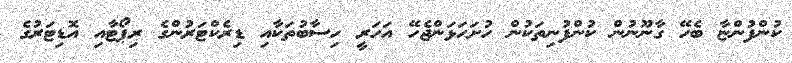
ކުންފުންޏާ ބެހޭ ގާނޫނުން ކުންފުނިތަކުން ހުށަހަޅަންޖެހޭ އަހަރީ ހިސާބުތަކާއި ޑިރެކްޓަރުންގެ ރިޕޯޓާއި އޮޑިޓަރުގެ